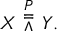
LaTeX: X \ { \overset { P } { \doublebarwedge } } \ Y .